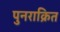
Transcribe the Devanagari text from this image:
पुनराक्रित